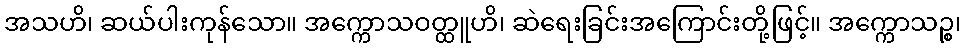
အသဟိ၊ ဆယ်ပါးကုန်သော။ အက္ကောသဝတ္ထူဟိ၊ ဆဲရေးခြင်းအကြောင်းတို့ဖြင့်။ အက္ကောသဉ္စ၊